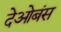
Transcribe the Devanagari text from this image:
देओबंस